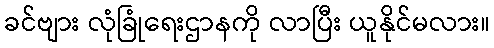
ခင်ဗျား လုံခြုံရေးဌာနကို လာပြီး ယူနိုင်မလား။